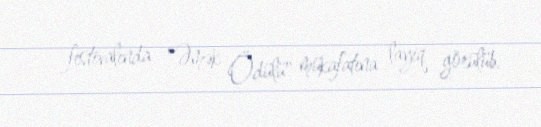
festivalında "Əmək Ödülü" mükafatına layiq görülüb.